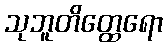
သုဘူတိတ္ထေရော